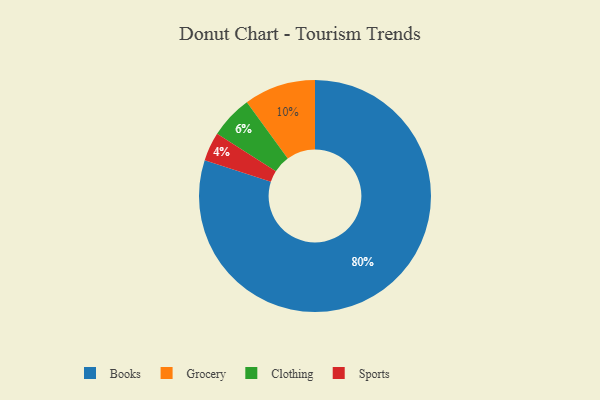
{"axis": {"x": "Category", "y": "Percentage"}, "legend": ["Books", "Clothing", "Grocery", "Sports"], "data": [{"x": "Grocery", "y": 10, "type": "Grocery"}, {"x": "Books", "y": 80, "type": "Books"}, {"x": "Sports", "y": 4, "type": "Sports"}, {"x": "Clothing", "y": 6, "type": "Clothing"}]}